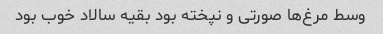
وسط مرغ‌ها صورتی و نپخته بود بقیه سالاد خوب بود